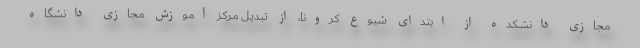
مجازی دانشکده از ابتدای شیوع کرونا، از تبدیل مرکز آموزش مجازی دانشگاه